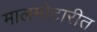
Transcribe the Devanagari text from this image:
मालमोटारीत